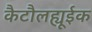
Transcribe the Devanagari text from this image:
कैटौलह्यूईक